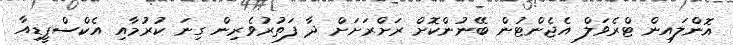
އޮންލައިން ޓްރެވަލް އެޖެންޓުން ބޭނުންކޮށް ރަށްރަށަށް ދާ ފަތުރުވެރިން ގިނަ ކުރުމާއި އެކްސްޕީޑިއާ